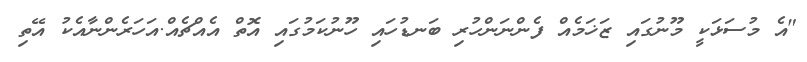
"އެ މުސަޅަކީ މޫނުގައި ޒަޚަމެއް ފެންނަންހުރި ބަނޑުހައި ހޫނުކަމުގައި އޮތް އެއްޗެއް.އަހަރެންނާއެކު އޭތި